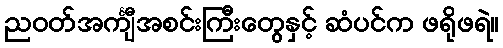
ညဝတ်အင်္ကျီအစင်းကြီးတွေနှင့် ဆံပင်က ဖရိုဖရဲ။